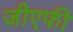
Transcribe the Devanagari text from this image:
जीएफी